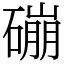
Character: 磞